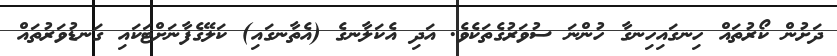
ދަށުން ކޯރުތައް ހިނގައިހިނގާ ހުންނަ ސުވަރުގެތަކެވެ. އަދި އެކަލާނގެ (އެތާނގައި) ކަލޭގެފާނަށްޓަކައި ގަނޑުވަރުތައް